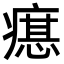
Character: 𤹛